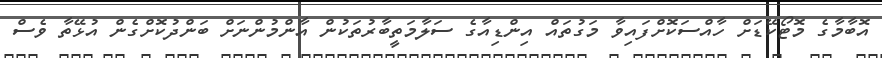
އޮބާމާގެ މޮޓޯކޭޑަށް ހާއްސަކޮށްފައިވާ މަގުތައް އިންޑިއާގެ ސަލާމަތީބާރުތަކުން އާންމުންނަށް ބަންދުކޮށްގެން އުޅޭތާ ވެސް